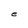
Character: e